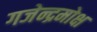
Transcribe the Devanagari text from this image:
गजेन्द्रमोक्ष